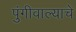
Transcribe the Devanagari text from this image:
पुंगीवाल्याचे